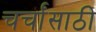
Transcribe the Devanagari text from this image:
चर्चांसाठी